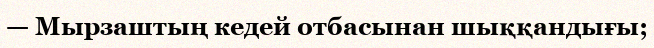
— Мырзаштың кедей отбасынан шыққандығы;